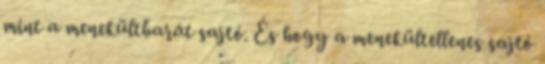
mint a menekültbarát sajtó. És hogy a menekültellenes sajtó